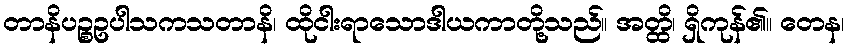
တာနိပဉ္စဥပါသကသတာနိ၊ ထိုငါးရာသောဒါယကာတို့သည်။ အတ္ထိ၊ ရှိကုန်၏။ တေန၊